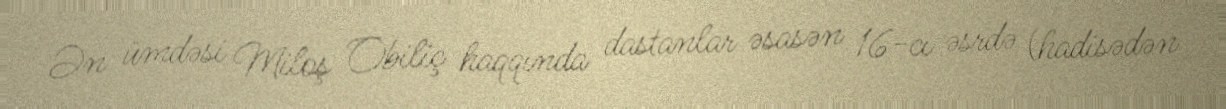
Ən ümdəsi Miloş Obiliç haqqında dastanlar əsasən 16-cı əsrdə (hadisədən